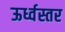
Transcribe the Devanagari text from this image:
ऊर्ध्वस्तर